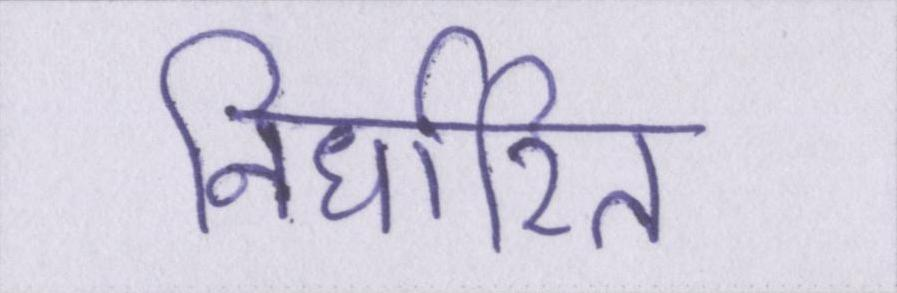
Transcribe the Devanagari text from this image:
निर्धारित